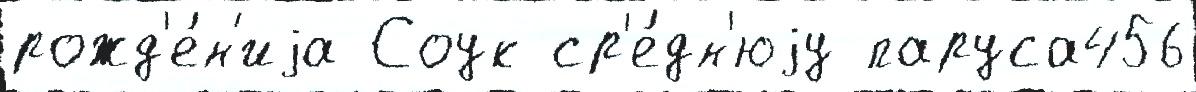
рожд'е́н'иjа Соук ср'е́дн'юjу паруса456